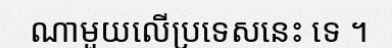
ណាមួយលើប្រទេសនេះ ទេ ។